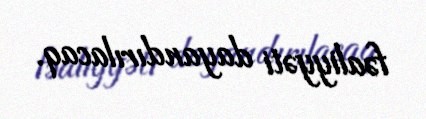
fəaliyyəti dayandırılacaq.